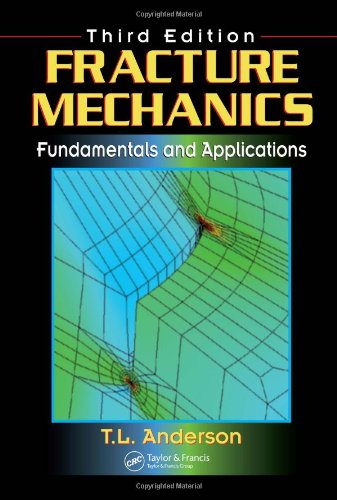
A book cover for Fracture Mechanics: Fundamentals and Applications, Third Edition; Ted L. Anderson; Science & Math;